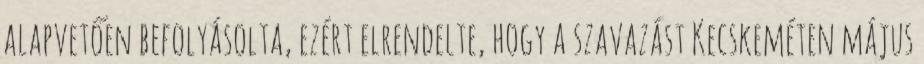
alapvetően befolyásolta, ezért elrendelte, hogy a szavazást Kecskeméten május